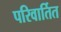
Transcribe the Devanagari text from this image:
परिवार्तित